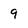
Character: 9